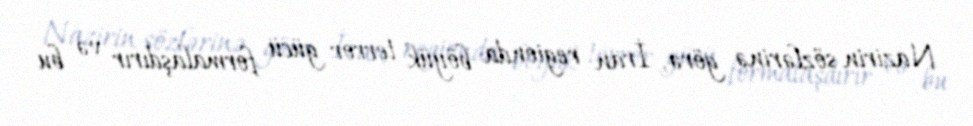
Nazirin sözlərinə görə, İran regionda böyük terror gücü formalaşdırır və bu